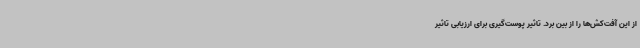
از این آفت‌کش‌ها را از بین برد. تاثیر پوست‌گیری برای ارزیابی تاثیر